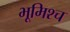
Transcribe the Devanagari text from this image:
भूमिश्च